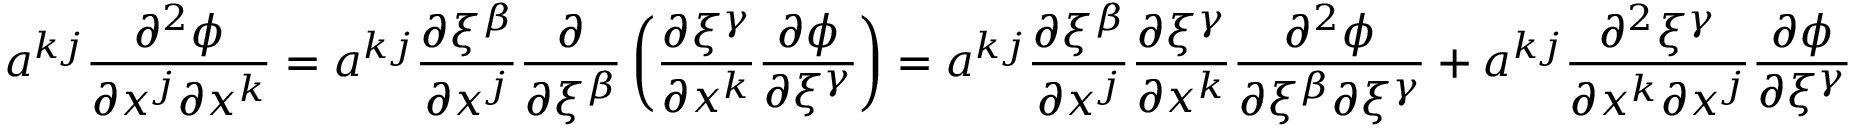
a ^ { k j } \frac { \partial ^ { 2 } \phi } { \partial x ^ { j } \partial x ^ { k } } = a ^ { k j } \frac { \partial \xi ^ { \beta } } { \partial x ^ { j } } \frac { \partial } { \partial \xi ^ { \beta } } \left( \frac { \partial \xi ^ { \gamma } } { \partial x ^ { k } } \frac { \partial \phi } { \partial \xi ^ { \gamma } } \right) = a ^ { k j } \frac { \partial \xi ^ { \beta } } { \partial x ^ { j } } \frac { \partial \xi ^ { \gamma } } { \partial x ^ { k } } \frac { \partial ^ { 2 } \phi } { \partial \xi ^ { \beta } \partial \xi ^ { \gamma } } + a ^ { k j } \frac { \partial ^ { 2 } \xi ^ { \gamma } } { \partial x ^ { k } \partial x ^ { j } } \frac { \partial \phi } { \partial \xi ^ { \gamma } }